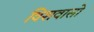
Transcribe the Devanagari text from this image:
विशवासो